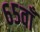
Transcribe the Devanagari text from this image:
६५वाँ